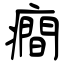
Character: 癎